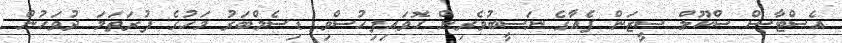
އެސްޓާސް ސްކޫލް ސީޒަން ފެއާގެ ނަސީބުވެރިން ހޮވައިފިހުސްވި ޑިސެމްބަރު މަހުގެ ފުރަތަމަ ދުވަހުން